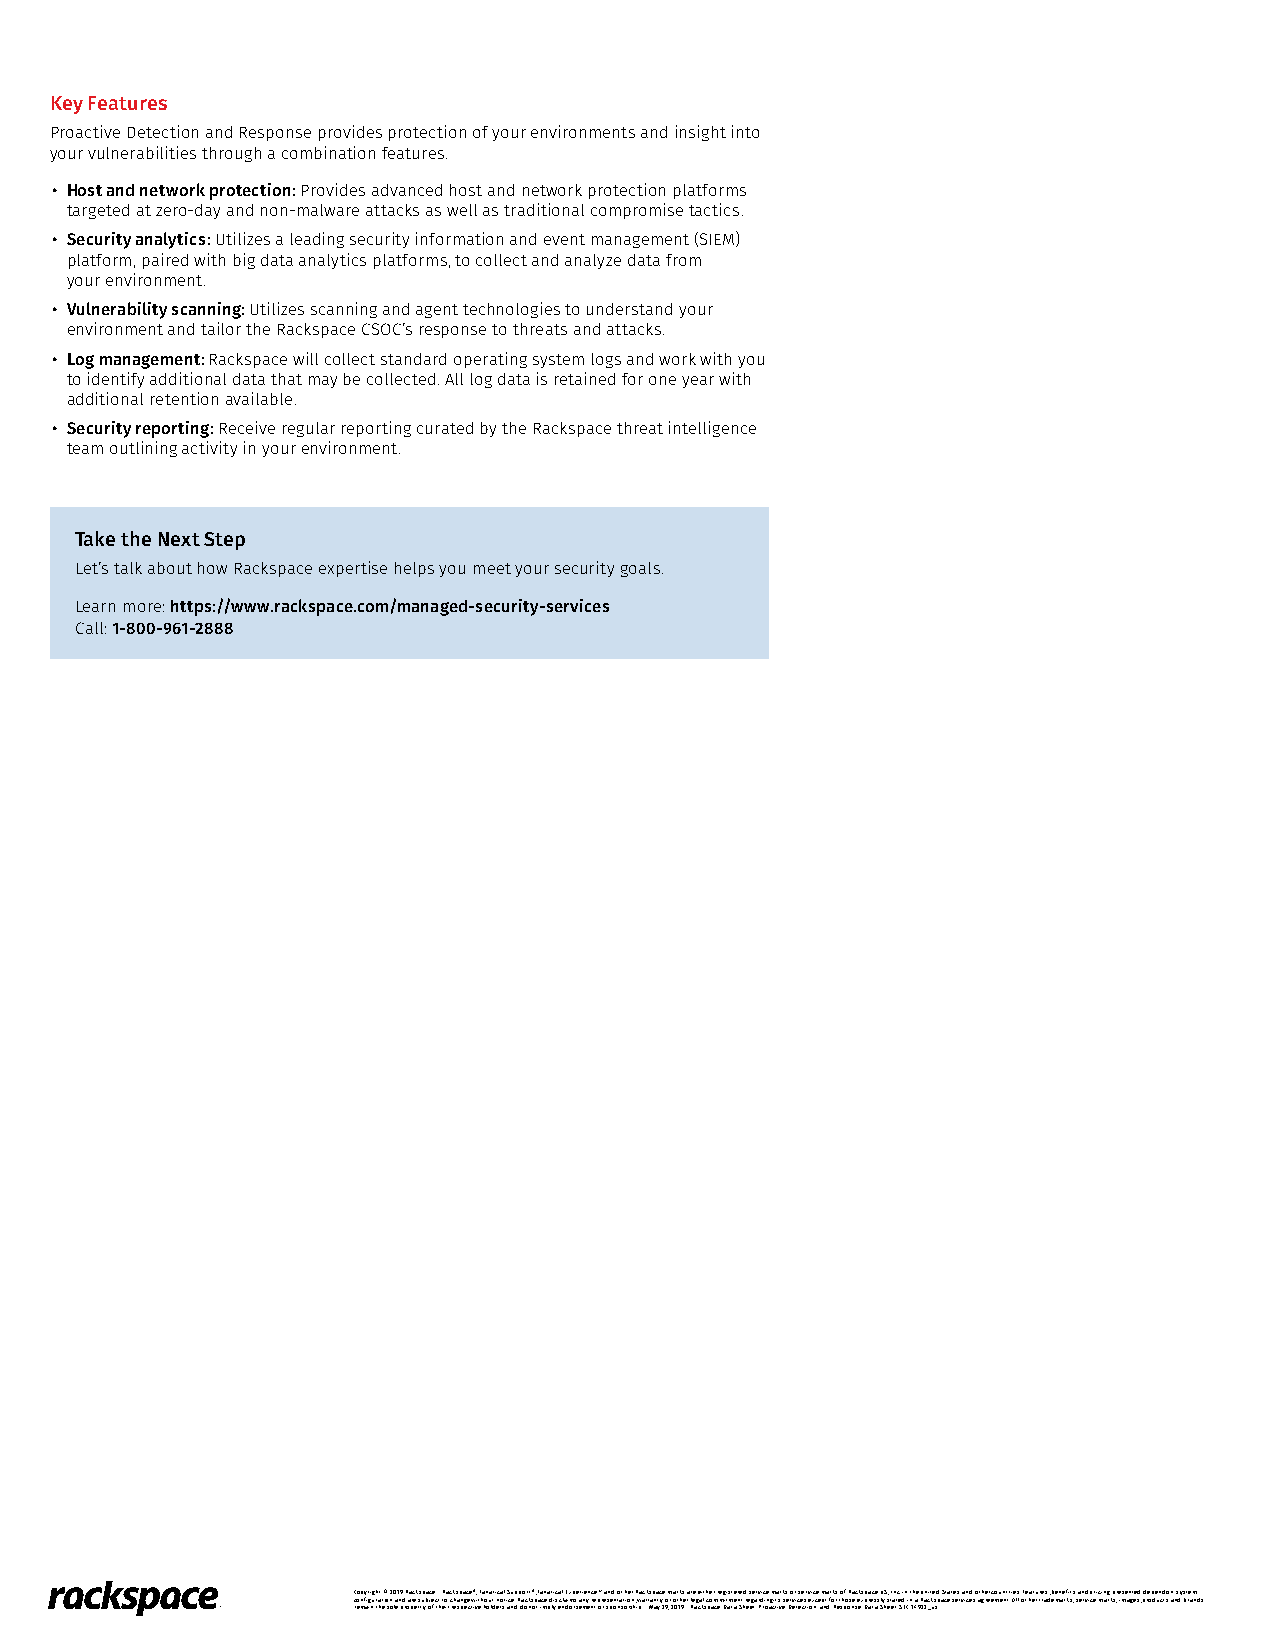
Key Features
 Proactive Detection and Response provides protection of your environments and insight into
 your vulnerabilities through a combination features.
 • Host and network protection: Provides advanced host and network protection platforms
 targeted at zero-day and non-malware attacks as well as traditional compromise tactics.
 • Security analytics: Utilizes a leading security information and event management (SIEM)
 platform, paired with big data analytics platforms, to collect and analyze data from
 your environment.
 • Vulnerability scanning: Utilizes scanning and agent technologies to understand your
 environment and tailor the Rackspace CSOC’s response to threats and attacks.
 • Log management: Rackspace will collect standard operating system logs and work with you
 to identify additional data that may be collected. All log data is retained for one year with
 additional retention available.
 • Security reporting: Receive regular reporting curated by the Rackspace threat intelligence
 team outlining activity in your environment.
 Take the Next Step
 Let’s talk about how Rackspace expertise helps you meet your security goals.
 Learn more: https://www.rackspace.com/managed-security-services
 Call: 1-800-961-2888
 Copyright © 2019 Rackspace :: Rackspace®, Fanatical Support®, Fanatical Experience™ and other Rackspace marks are either registered service marks or service marks of Rackspace US, Inc. in the United States and other countries. Features, benefits and pricing presented depend on system
 configuration and are subject to change without notice. Rackspace disclaims any representation, warranty or other legal commitment regarding its services except for those expressly stated in a Rackspace services agreement. All other trademarks, service marks, images, products and brands
 remain the sole property of their respective holders and do not imply endorsement or sponsorship :: May 29, 2019 :: Rackspace-Data-Sheet-Proactive-Detection-and-Response-Data-Sheet-SEC-14922_us